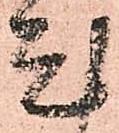
尤